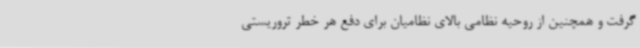
گرفت و همچنین از روحیه نظامی بالای نظامیان برای دفع هر خطر تروریستی